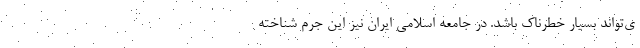
ی‌تواند بسیار خطرناک باشد. در جامعه اسلامی ایران نیز این جرم شناخته